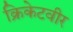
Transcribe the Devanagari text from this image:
क्रिकेटवीर